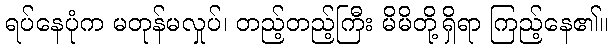
ရပ်နေပုံက မတုန်မလှုပ်၊ တည့်တည့်ကြီး မိမိတို့ရှိရာ ကြည့်နေ၏။